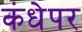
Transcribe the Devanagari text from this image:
कंधेपर